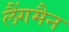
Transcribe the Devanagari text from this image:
लैंगमैन